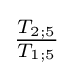
{\tfrac {T_{2;5}}{T_{1;5}}}